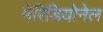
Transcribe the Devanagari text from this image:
मेरिडियोनेल